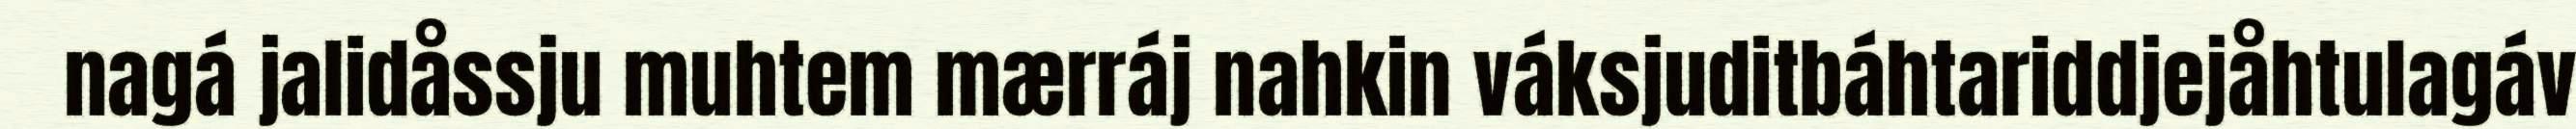
nagá jalidåssju muhtem mærráj nahkin váksjuditbáhtariddjejåhtulagáv